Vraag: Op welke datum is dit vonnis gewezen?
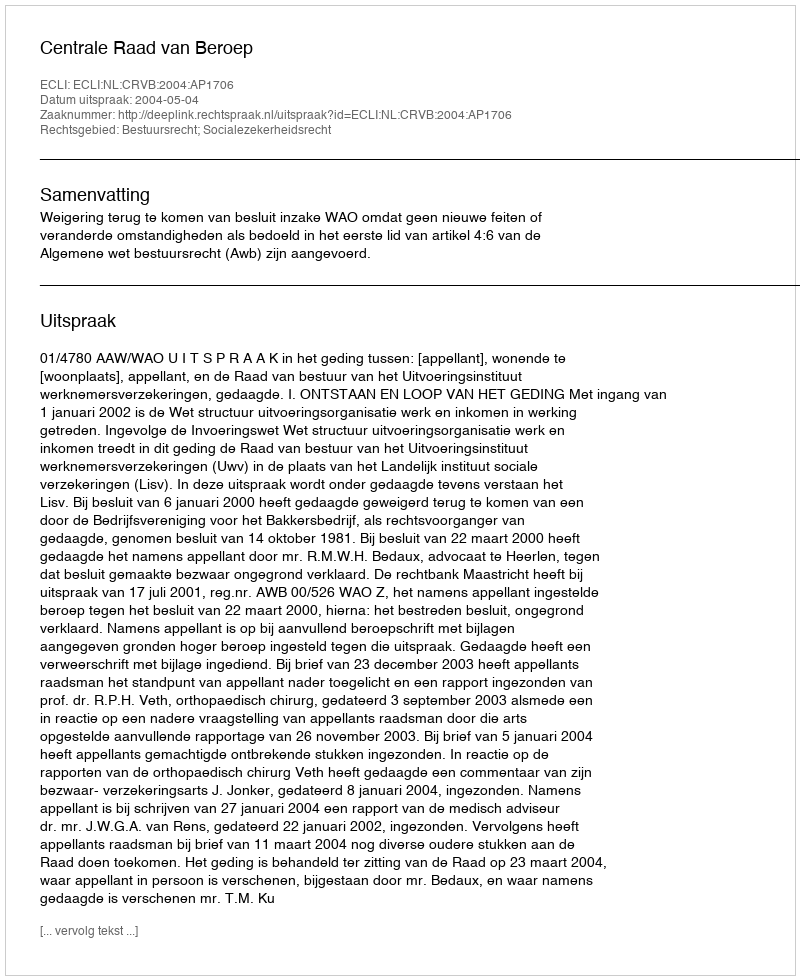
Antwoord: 2004-05-04